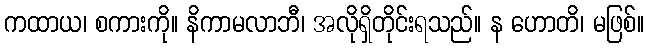
ကထာယ၊ စကားကို။ နိကာမလာဘီ၊ အလိုရှိတိုင်းရသည်။ န ဟောတိ၊ မဖြစ်။